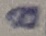
Text: 8